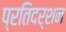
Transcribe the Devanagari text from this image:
प्रतिदर्शन